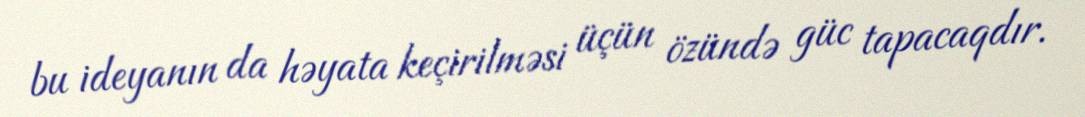
bu ideyanın da həyata keçirilməsi üçün özündə güc tapacaqdır.